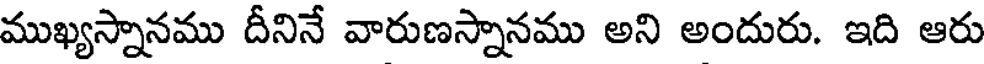
ముఖ్యస్నానము దీనినే వారుణస్నానము అని అందురు. ఇది ఆరు